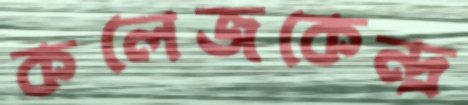
কলেজকেন্দ্র